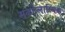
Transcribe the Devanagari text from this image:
सर्कोप्लास्मिक